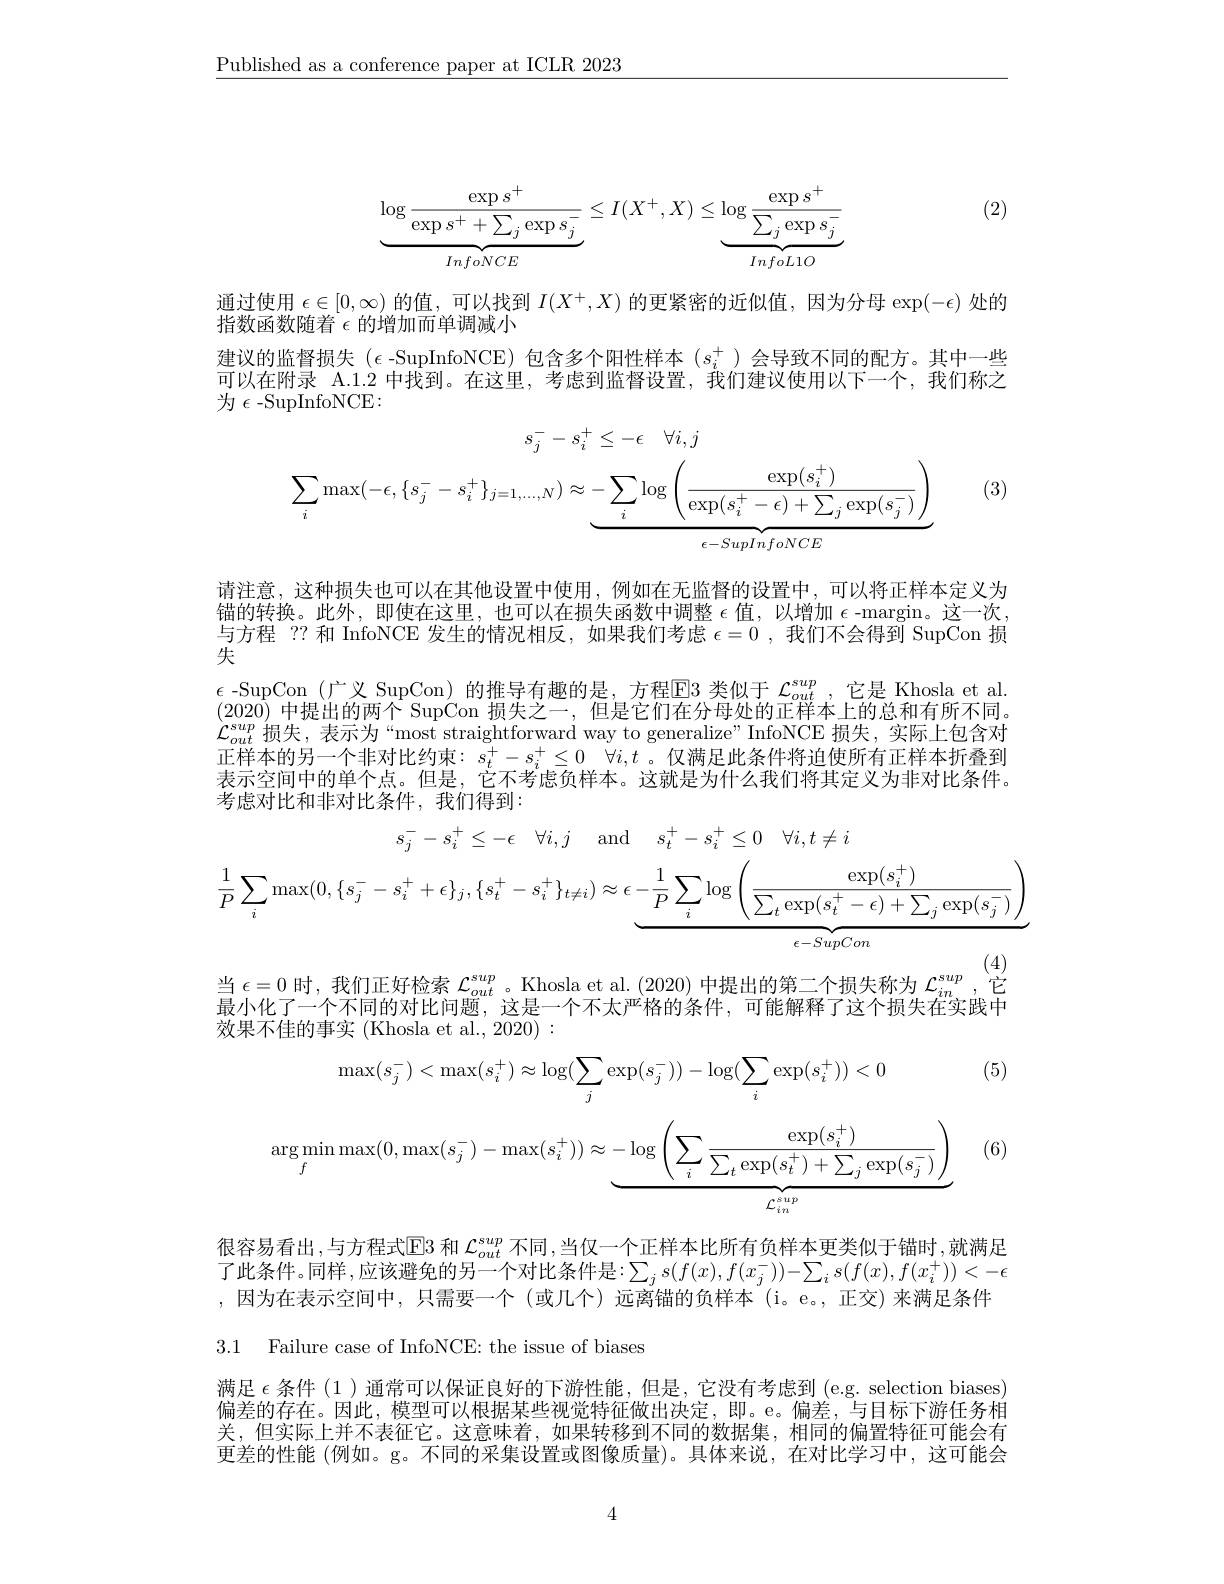
$\underline{\text{Published as a conference paper at ICLR 2023}}$

(2)
$$\underbrace{\log\frac{\exp s^+}{\exp s^++\sum_j\exp s_j^-}}_{InfoNCE}\leq I(X^+,X)\leq\underbrace{\log\frac{\exp s^+}{\sum_j\exp s_j^-}}_{InfoL1O}$$
通过使用$\epsilon\in[0,\infty)$的值，可以找到$I(X^+,X)$的更紧密的近似值，因为分母$\exp(-\epsilon)$处的
指数函数随着$\epsilon$的增加而单调减小
建议的监督损失$(\epsilon$ -SupInfoNCE)包含多个阳性样本$(s_i^+)$会导致不同的配方。其中一些可以在附录 A.1.2 中找到。在这里，考虑到监督设置，我们建议使用以下一个，我们称之为$\epsilon$-SupInfoNCE:
$$s_{j}^{-}-s_{i}^{+}\leq-\epsilon\quad\forall i,j\\\sum_{i}\max(-\epsilon,\{s_{j}^{-}-s_{i}^{+}\}_{j=1,\ldots,N})\approx\underbrace{-\sum_{i}\log\left(\frac{\exp(s_{i}^{+})}{\exp(s_{i}^{+}-\epsilon)+\sum_{j}\exp(s_{j}^{-})}\right)}_{\epsilon-SupInfoNCE}$$
(3)

请注意，这种损失也可以在其他设置中使用，例如在无监督的设置中，可以将正样本定义为锚的转换。此外，即使在这里，也可以在损失函数中调整$\epsilon$值，以增加$\epsilon$ -margin。这一次， 与方程 ?? 和 InfoNCE 发生的情况相反，如果我们考虑$\epsilon=0$ ,我们不会得到 SupCon 损失
$\epsilon$-SupCon(广义 SupCon)的推导有趣的是，方程$\overline{\text{E}}$3 类似于 $\mathcal{L}_out^{sup}$,它是 Khosla et al (2020)中提出的两个 SupCon 损失之一，但是它们在分母处的正样本上的总和有所不同。$\mathcal{L}_{out}^{sup}$损失，表示为“most straightforward way to generalize”InfoNCE 损失，实际上包含对正样本的另一个非对比约束：$\bar{s_t^+ } - s_i^+ \leq 0$ $\forall i, t$。仅满足此条件将迫使所有正样本折叠到表示罕间中的里个占。但是。它不考虑价程本。这就是为什么我们将直定义为非对比条件， 考虑对比和非对比条件，我们得到：
$$s_{j}^{-}-s_{i}^{+}\leq-\epsilon\quad\forall i,j\quad\mathrm{and}\quad s_{t}^{+}-s_{i}^{+}\leq0\quad\forall i,t\neq i\\\frac{1}{P}\sum_{i}\max(0,\{s_{j}^{-}-s_{i}^{+}+\epsilon\}_{j},\{s_{t}^{+}-s_{i}^{+}\}_{t\neq i})\approx\underbrace{\epsilon-\frac{1}{P}\sum_{i}\log\left(\frac{\exp(s_{i}^{+})}{\sum_{t}\exp(s_{t}^{+}-\epsilon)+\sum_{j}\exp(s_{j}^{-})}\right)}_{\epsilon-SupCon}$$
$\begin{array}{l}\text{当 }\epsilon=0\text{ 时，我们正好检索 }\mathcal{L}_{out}^{sup}\text{。Khosla et al.(2020) 中提出的第二个损失称为 }\mathcal{L}_{in}^{sup}\text{,它}\\\text{最小化了一个不同的对比问题，这是一个不太严格的条件，可能解释了这个损失在实践中}\end{array}$

效果不佳的事实 (Khosla et al., 2020) :

(5)
$$\max(s_j^-)<\max(s_i^+)\approx\log(\sum_j\exp(s_j^-))-\log(\sum_i\exp(s_i^+))<0$$
$$\arg\min_{f}\max(0,\max(s_{j}^{-})-\max(s_{i}^{+}))\approx\underbrace{-\log\left(\sum_{i}\frac{\exp(s_{i}^{+})}{\sum_{t}\exp(s_{t}^{+})+\sum_{j}\exp(s_{j}^{-})}\right)}_{\mathcal{L}_{in}^{sup}}$$
(6)

很容易看出，与方程式$\overline{\mathrm{E}}$3 和 $\mathcal{L}_out^{sup}$ 不同 ,当仅一个正样本比所有负样本更类似于锚时，就满足了此条件。同样，应该避免的另一个对比条件是：$\sum_js(f(x),f(x_j^-))-\sum_is(f(x),f(x_i^+))<-\epsilon$ ,因为在表示空间中，只需要一个(或几个)远离锚的负样本(i。e。,正交)来满足条件

3.1 Failure case of InfoNCE: the issue of biases

满足$\epsilon$条件 (1 ) 通常可以保证良好的下游性能，但是，它没有考虑到 (e.g. selection biases) 偏差的存在。因此，模型可以根据某些视觉特征做出决定，即。e。偏差，与目标下游任务相关，但实际上并不表征它。这意味着，如果转移到不同的数据集，相同的偏置特征可能会有更差的性能 (例如。g。不同的采集设置或图像质量)。具体来说，在对比学习中，这可能会

4